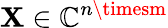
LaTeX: \mathbf{X}\in\mathbb{{C}}^{n\timesm}